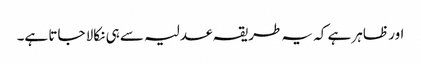
اور ظاہر ہے کہ یہ طریقہ عدلیہ سے ہی نکالا جاتا ہے۔